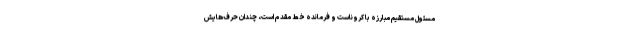
مسئول مستقیم مبارزه با کروناست و فرمانده خط مقدم است، چندان حرف‌هایش